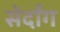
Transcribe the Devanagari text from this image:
सेर्दांग